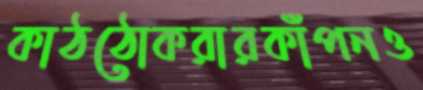
কাঠঠোকরারকাঁপনও